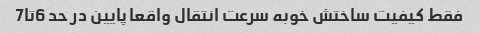
فقط کیفیت ساختش خوبه سرعت انتقال واقعا پایین در حد 6تا7